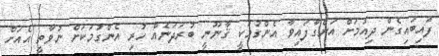
ފައިބައިގެން ދިއުމަށް އަންގާފައިވާ އެންގުމަކީ ޤާނޫނީ ބުރަދަނެއް ހުރި އެންގުމަކަށް ނުވާތީ އެއަށް